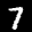
Label: 7